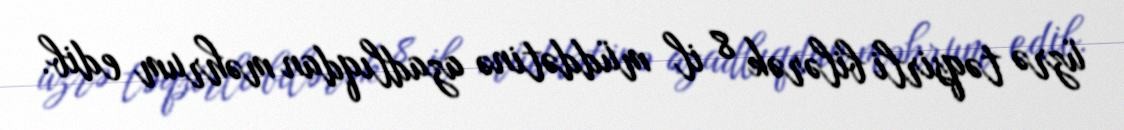
üzrə təqsirli bilərək 8 il müddətinə azadlıqdan məhrum edib.